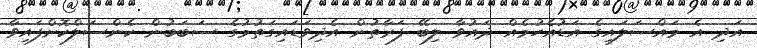
އަދި އެ މައްސަލައިގެ އަޑުއެހުމެއް ދައުވާ ލިބޭ ފަރާތުން އެދިވަޑައިގަތުމުގެ ސަބަބުން ކެންސަލްކޮށްފައިވާ